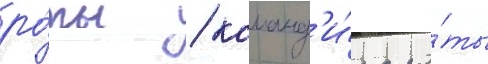
ро́ты / команд'и́ра ро́ты